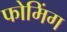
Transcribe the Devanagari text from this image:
फोमिंग